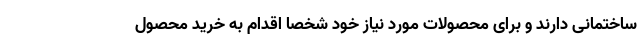
ساختمانی دارند و برای محصولات مورد نیاز خود شخصا اقدام به خرید محصول